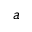
a